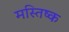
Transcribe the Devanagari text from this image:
मस्‍तिष्‍क